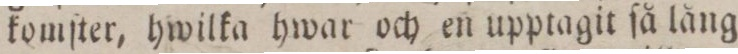
komſter, hwilka hwar och en upptagit ſå lång